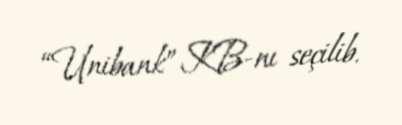
“Unibank” KB-nı seçilib.